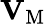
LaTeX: {\mathbf{V}}_{\mathrm{{M}}}